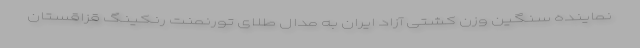
نماینده سنگین وزن کشتی آزاد ایران به مدال طلای تورنمنت رنکینگ قزاقستان